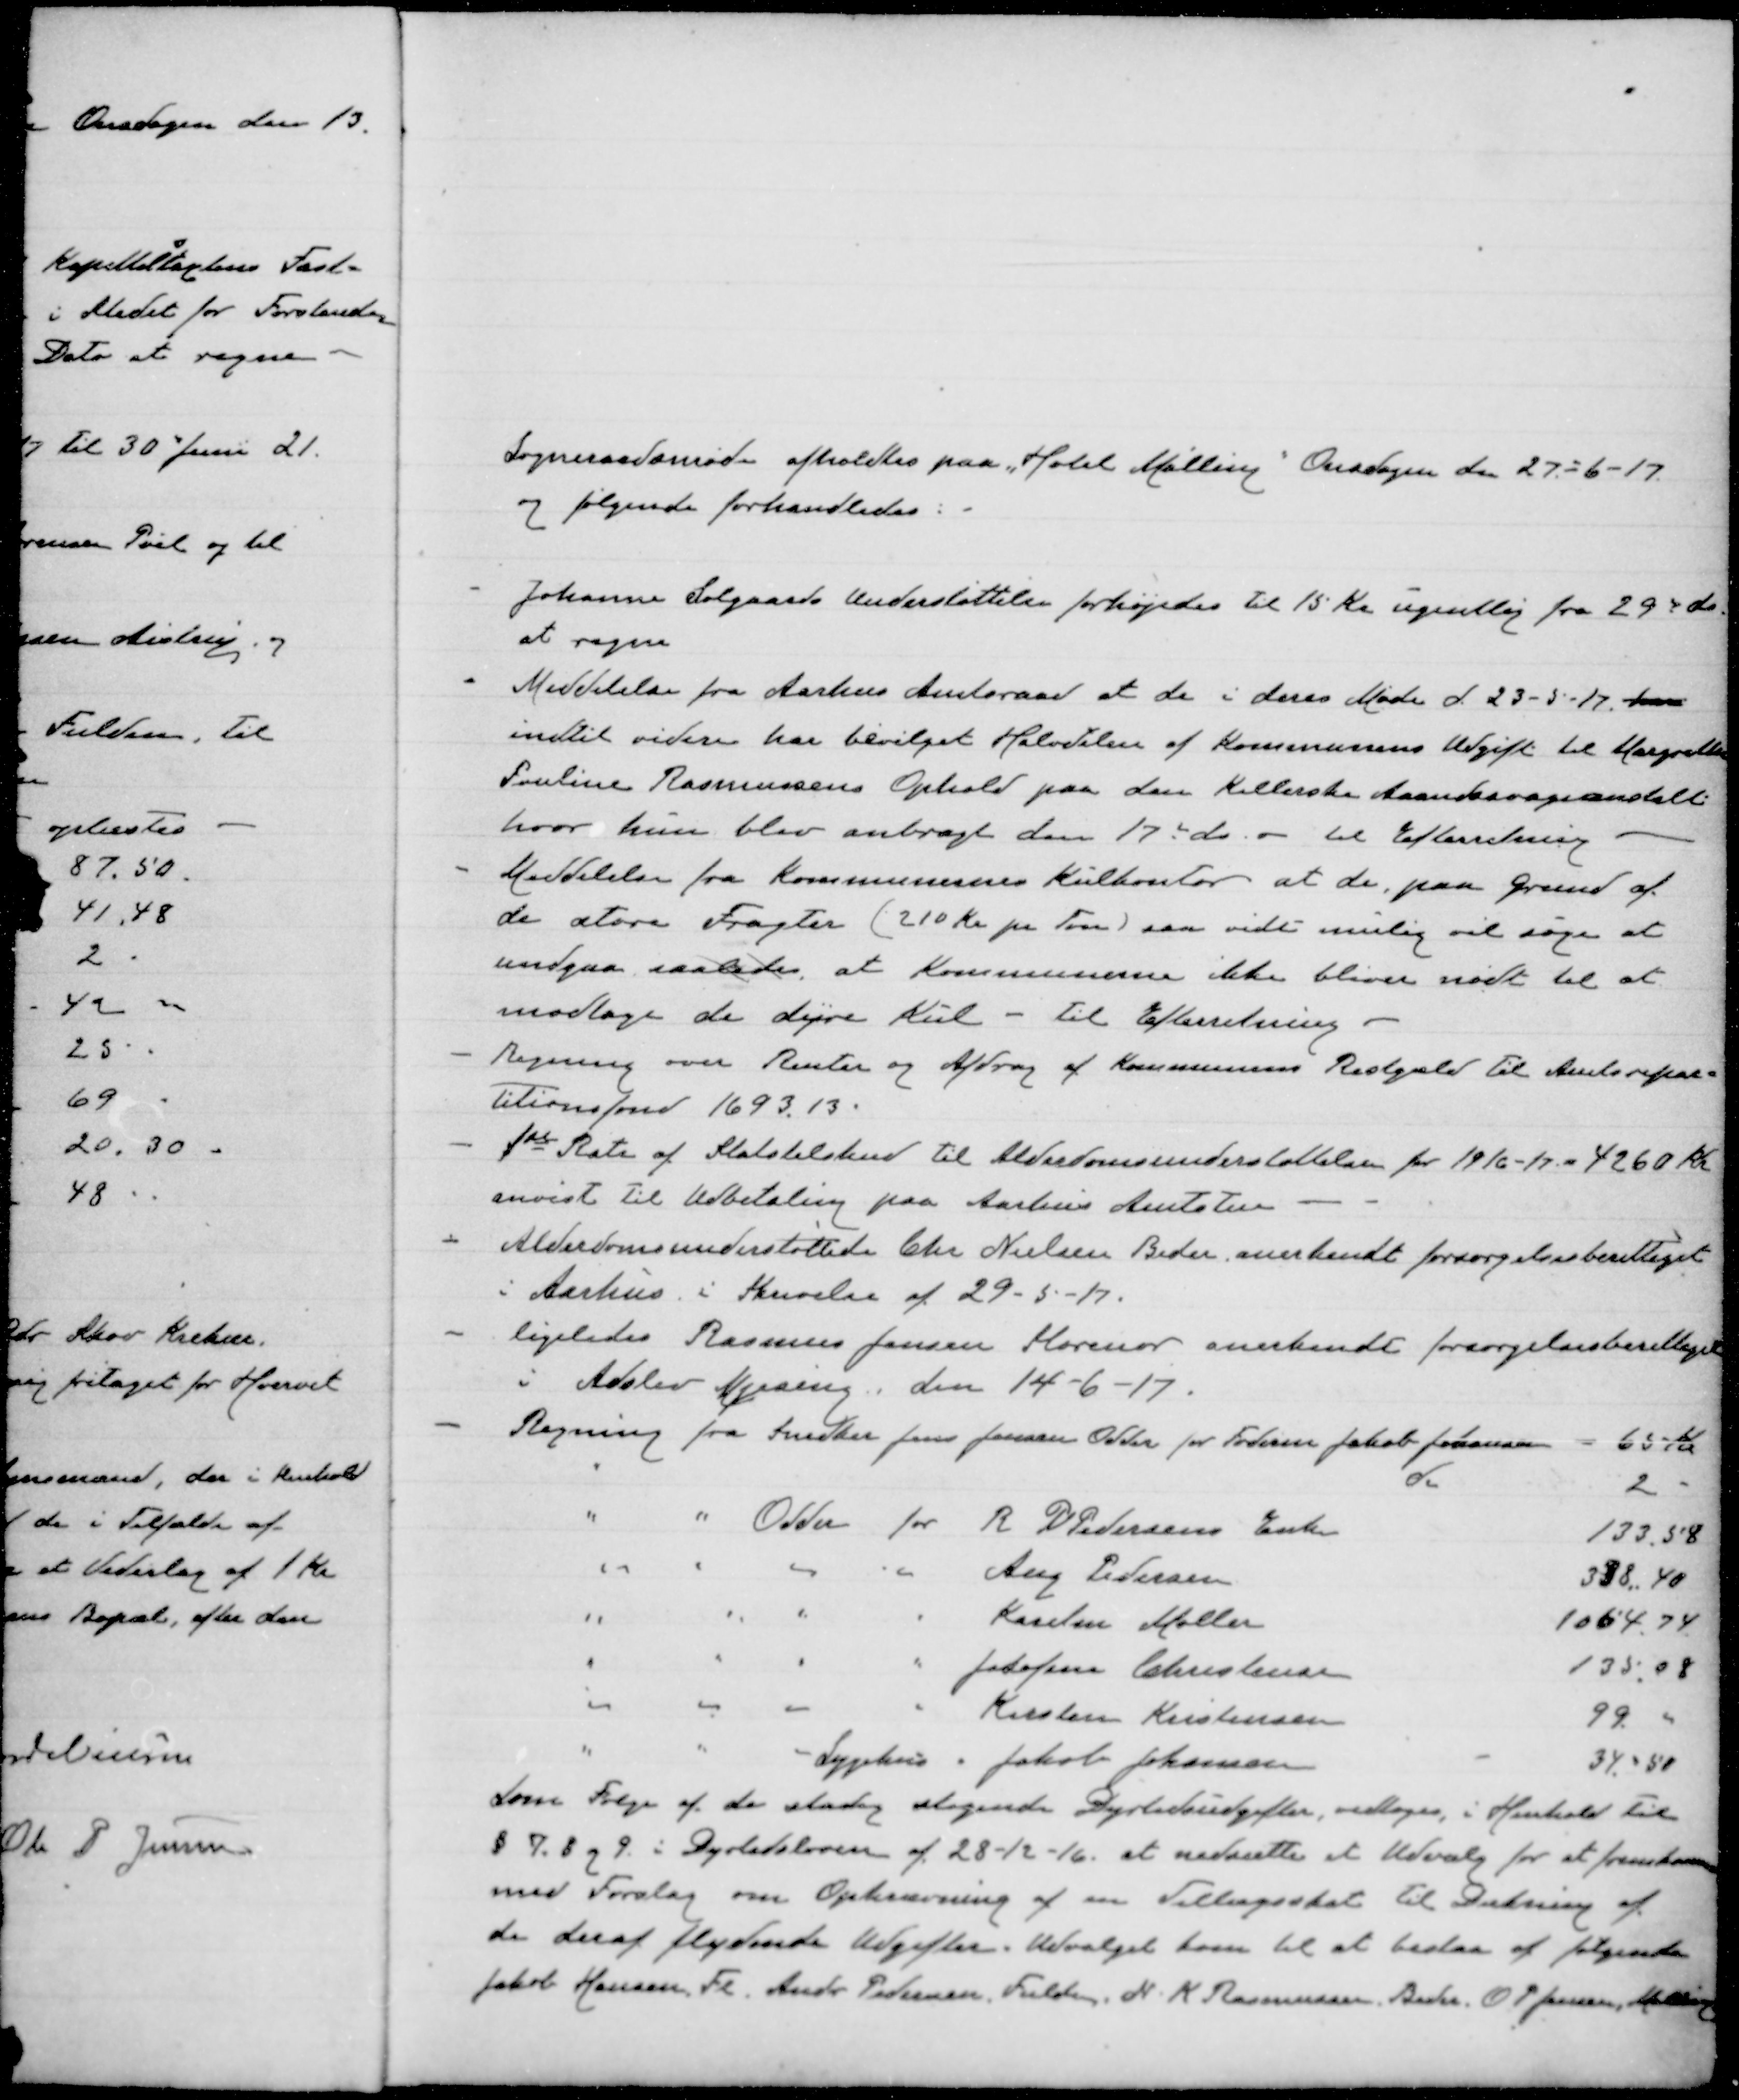
Transskription:
Sognerådsmøde afholdtes paa „Hotel Malling“ Onsdagen den 27-6 -17
og følgende forhandledes:
Johanne Solgaards Understøttelse forhøjedes til 15 Kr ugentlig fra 29 de ds.
at regne.
Meddelelse fra Aarhus Amtsraad at de i deres Møde d 23-5-17
indtil videre har bevilget Halvdelen af Kommunens Udgift til Margrethe
Pouline Rasmussens Ophold paa den Kellerske Aandssvageanstalt
hvor hun blev anbragt den 17de ds. - til Efterretning.
Meddelelse fra Kommunernes Kulkontor, at der paa Grund af
de store Fragter (210 Kr pr Tons) saa vidt mulig vil søge at
undgaa saaledes at Kommunerne ikke bliver nødt til at
modtage de dyre Kul - til Efterretning
Regning over Renter og Afdrag af Kommunens Restgæld til Amtsrepar-
titionsfond1693.13.
1ste Rate af Statstilskud til Alderdomsunderstøttelse for 19/6-17 = 4260 Kr
anvist til Udbetaling paa Aarhus Amtstue
Alderdomsunderstøttede Chr Nielsen Beder anerkendt forsørgelsberettiget
i Aarhus i Skrivelse af 29-5-17.
ligeledes Rasmus Jensen Storenor anerkendt forsørgelsesberettiget
i Adslev Mjesing den 14-6-17.
Regning fra Snedker Jens Jonassen Odder for Foderm Jakob Jonassen - 65 Kr
"
d.
2
" " Odder for R P Pedersen Enke 133,58
" " " "
Aug. Pedersen
338,40
" " " "
Karsten Møller
1064,74
" " " "
Josefina Christensen
135,08
" " " "
Kirsten Kristensen
99
" " " Sygehus " Jakob Johansen
34,58
Som Følge af de stadig stigende Dyrtidsudgifter vedtoges i Henhold til
§ 7, 8 og 9 i Dyrtidsloven af 28-12-16 at nedsætte et Udvalg for at fremkomme
med Forslag om Optimering af en Tillægsskat til Dækning af
de deraf flydende Udgifter.Udvalget kom til at bestå af følgende
Jakob Hansen, Fl. Andr Pedersen, Fulden, N K Rasmussen, Beder, O P Jensen, Malling